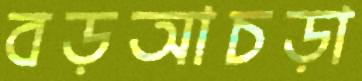
বড়আচড়া